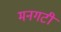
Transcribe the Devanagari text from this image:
मनगटी